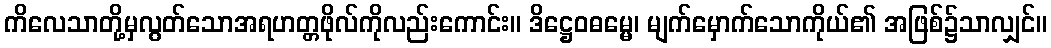
ကိလေသာတို့မှလွတ်သောအရဟတ္တဖိုလ်ကိုလည်းကောင်း။ ဒိဋ္ဌေဝဓမ္မေ၊ မျက်မှောက်သောကိုယ်၏ အဖြစ်၌သာလျှင်။